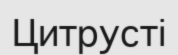
Цитрусті